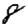
Digit: 8